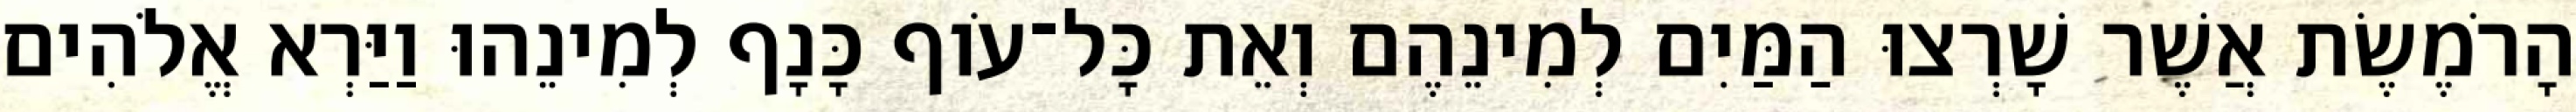
הָרֹמֶשֶׂת אֲשֶׁר שָׁרְצוּ הַמַּיִם לְמִינֵהֶם וְאֵת כָּל־עֹוף כָּנָף לְמִינֵהוּ וַיַּרְא אֱלֹהִים